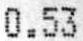
0.53